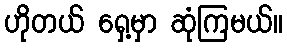
ဟိုတယ် ရှေ့မှာ ဆုံကြမယ်။